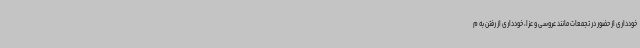
خودداری از حضور در تجمعات مانند عروسی و عزا، خودداری از رفتن به م